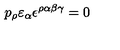
p _ { \rho } \varepsilon _ { \alpha } \epsilon ^ { \rho \alpha \beta \gamma } = 0